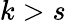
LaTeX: k>s